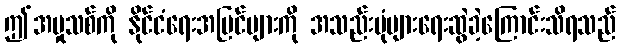
ဤအမှုသစ်ကို နိုင်ငံရေးအမြင်များကို အသည်းပုံများရေးဆွဲခဲ့ကြောင်းသိရသည်